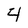
Character: 4